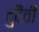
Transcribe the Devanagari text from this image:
दुदैवी